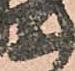
等